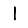
Digit: 1